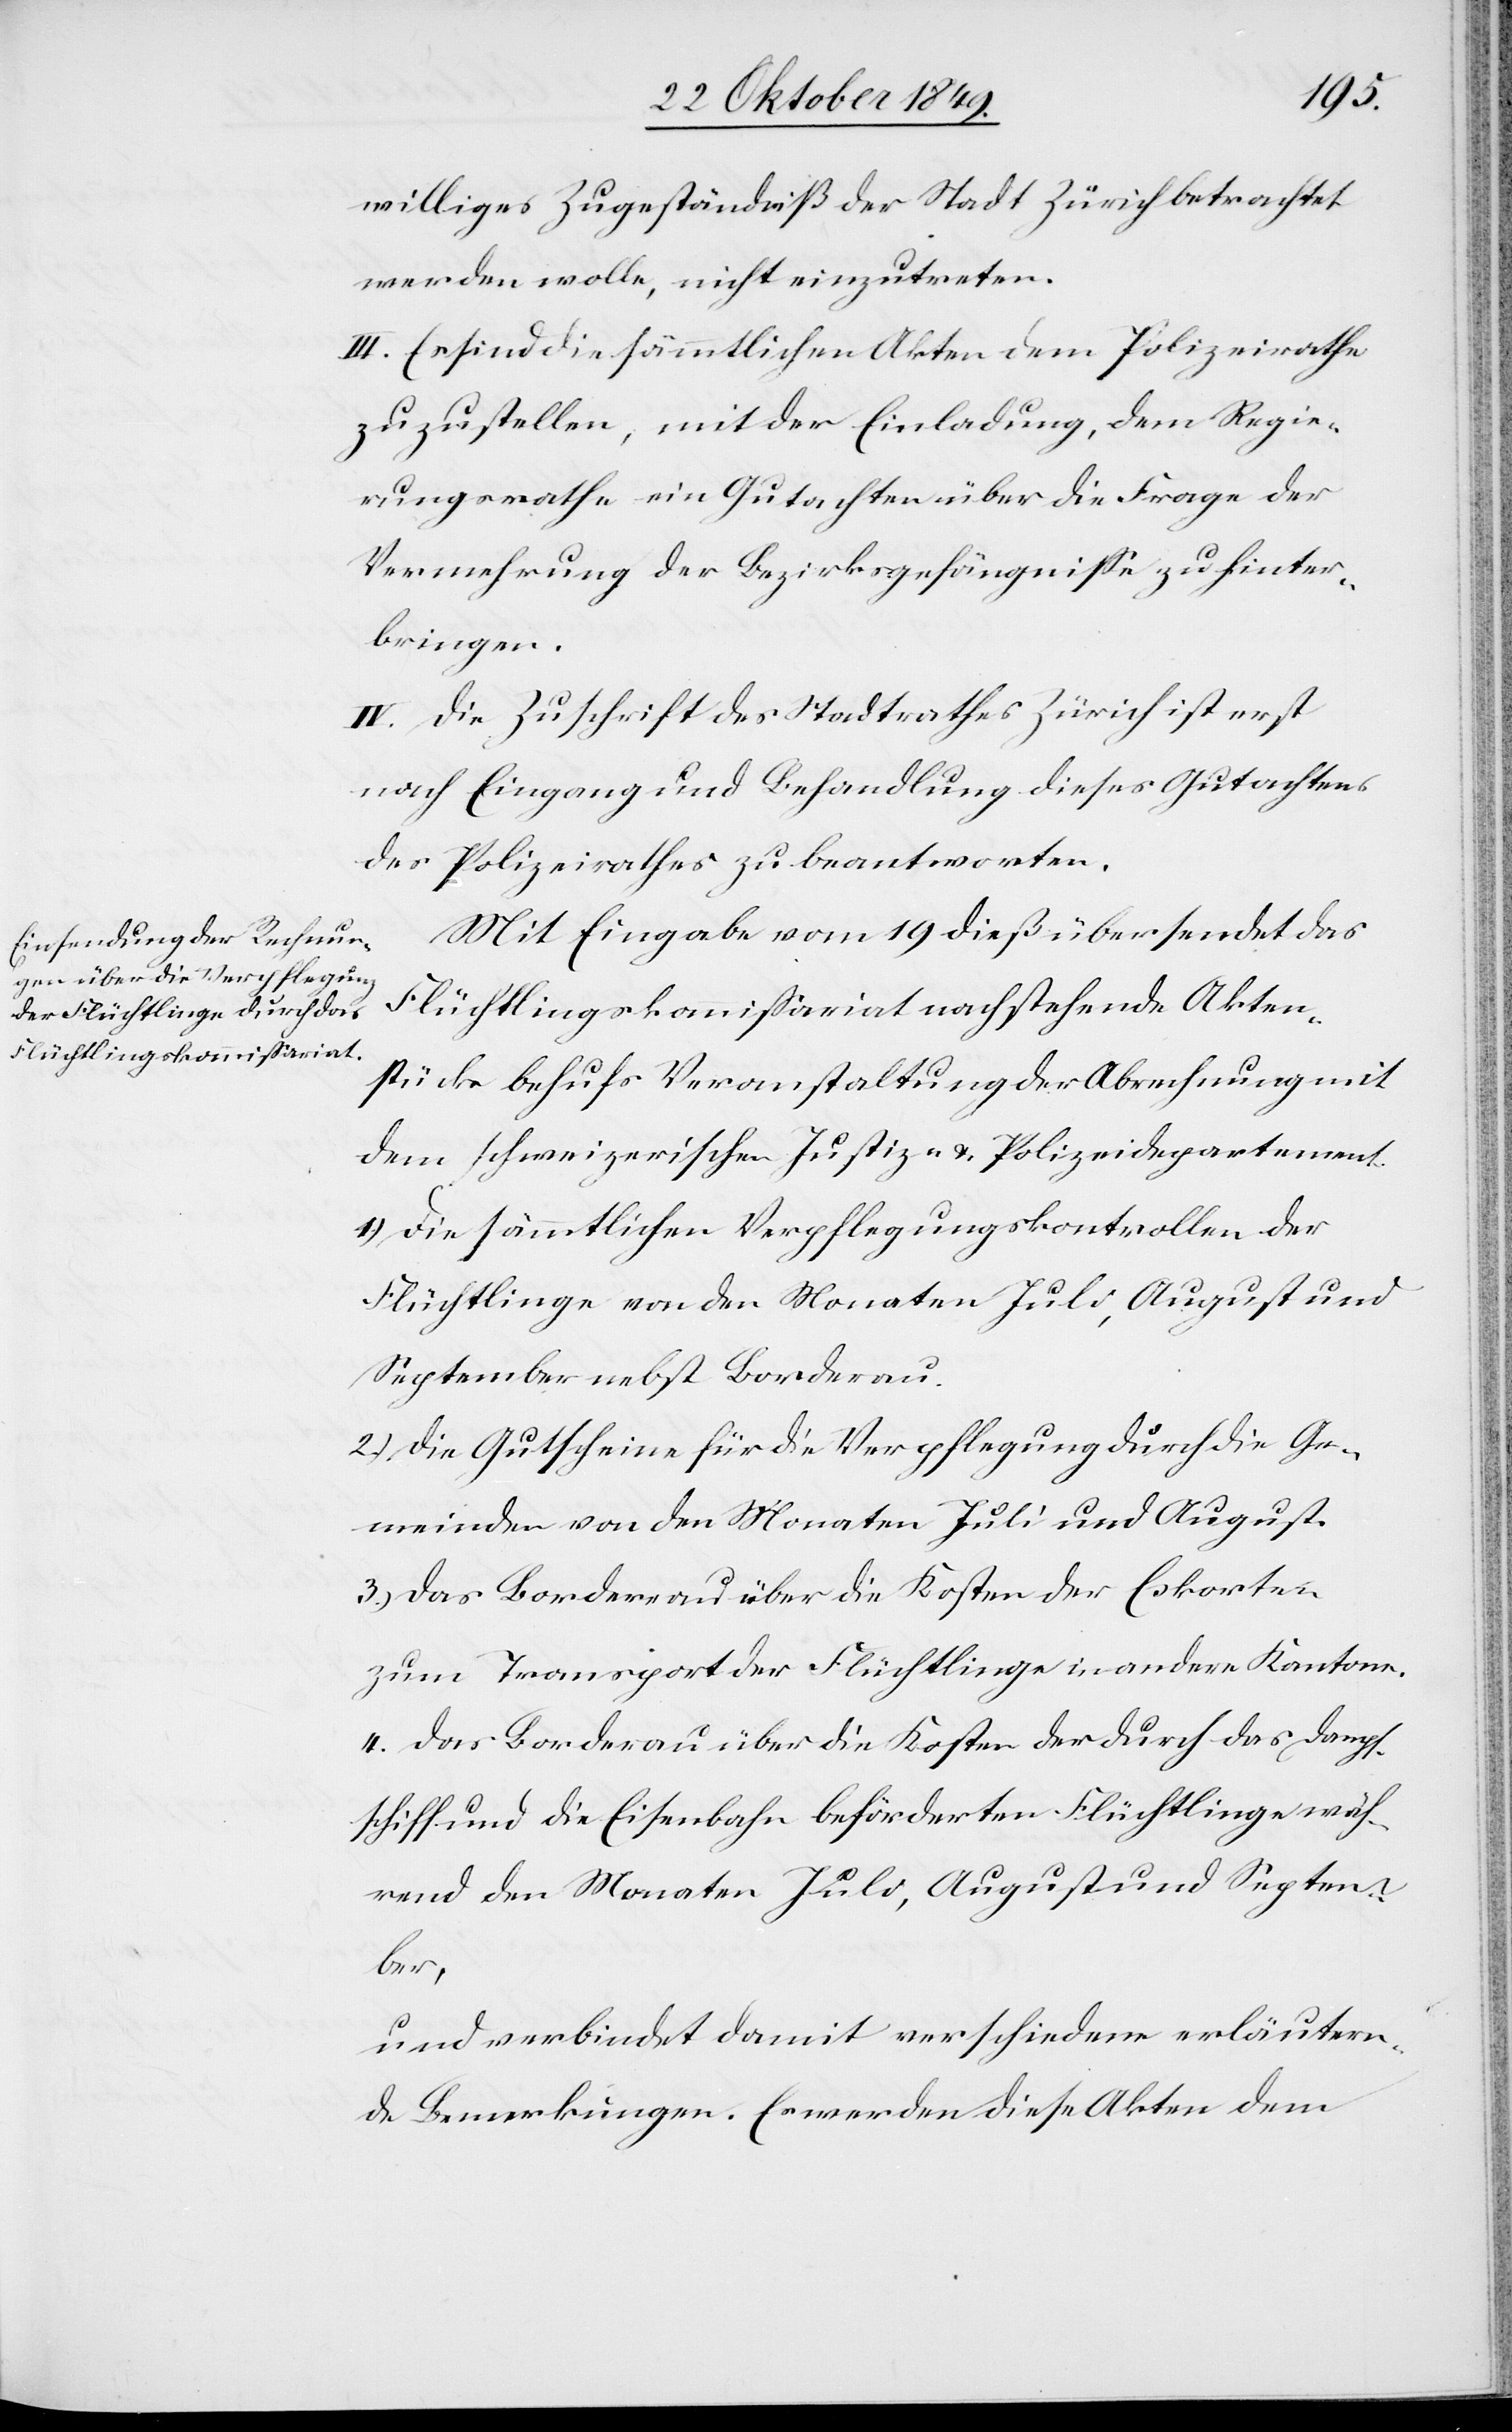
williges Zugeständniß der Stadt Zürich betrachtet
werden wolle, nicht einzutreten.
III. Es sind die sämmtlichen Akten dem Polizeirathe
zuzustellen, mit der Einladung, dem Regie¬
rungsrathe ein Gutachten über die Frage der
Vermehrung der Bezirksgefängniße zu hinter¬
bringen.
IV. Die Zuschrift des Stadtrathes Zürich ist erst
nach Eingang und Behandlung dieses Gutachtens
des Polizeirathes zu beantworten.
Mit Eingabe vom 19 dieß übersendet das
Flüchtlingskommißariat nachstehende Akten¬
stücke behufs Veranstaltung der Abrechnung mit
dem schweizerischen Justiz- u. Polizeidepartement.
1.) Die sämmtlichen Verpflegungskontrollen der
Flüchtlinge von den Monaten Juli, August und
September nebst Borderau.
2.) Die Gutscheine für die Verpflegung durch die Ge¬
meinden von den Monaten Juli und August.
3.) Das Borderau über die Kosten der Eskorten
zum Transport der Flüchtlinge in andere Kantone.
4. Das Borderau über die Kosten der durch das Dampf¬
schiff und die Eisenbahn beförderten Flüchtlinge wäh¬
rend den Monaten Juli, August und Septem¬
ber,
und verbindet damit verschiedene erläutern¬
de Bemerkungen. Es werden diese Akten dem